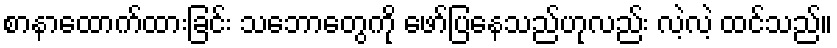
စာနာထောက်ထားခြင်း သဘောတွေကို ဖော်ပြနေသည်ဟုလည်း လဲ့လဲ့ ထင်သည်။